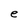
Character: e